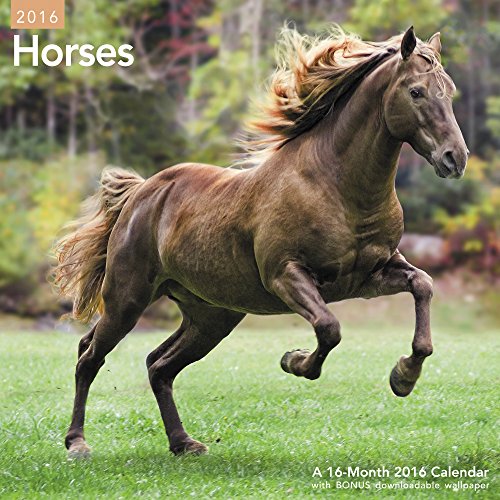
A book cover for Horses Wall Calendar (2016); Mead; Calendars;